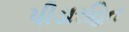
પીડારહિત